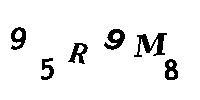
95R9M8